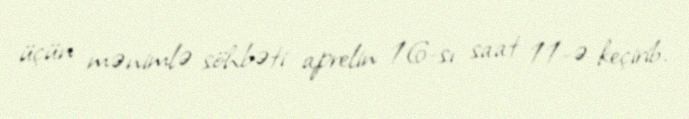
üçün mənimlə söhbəti aprelin 16-sı saat 11-ə keçirib.